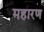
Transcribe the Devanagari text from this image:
महारण